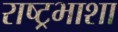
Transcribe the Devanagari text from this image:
राष्ट्रभाशा